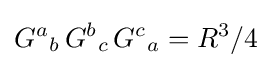
{G^{a}}_{b}\,{G^{b}}_{c}\,{G^{c}}_{a}=R^{3}/4